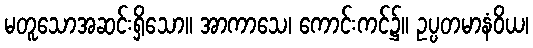
မတူသောအဆင်းရှိသော။ အာကာသေ၊ ကောင်းကင်၌။ ဥပ္ပတမာနံဝိယ၊